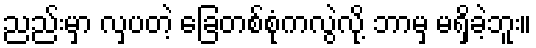
ညည်းမှာ လှပတဲ့ ခြေတစ်စုံကလွဲလို့ ဘာမှ မရှိခဲ့ဘူး။